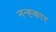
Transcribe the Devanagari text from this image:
नन्ह्कार